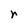
Character: r